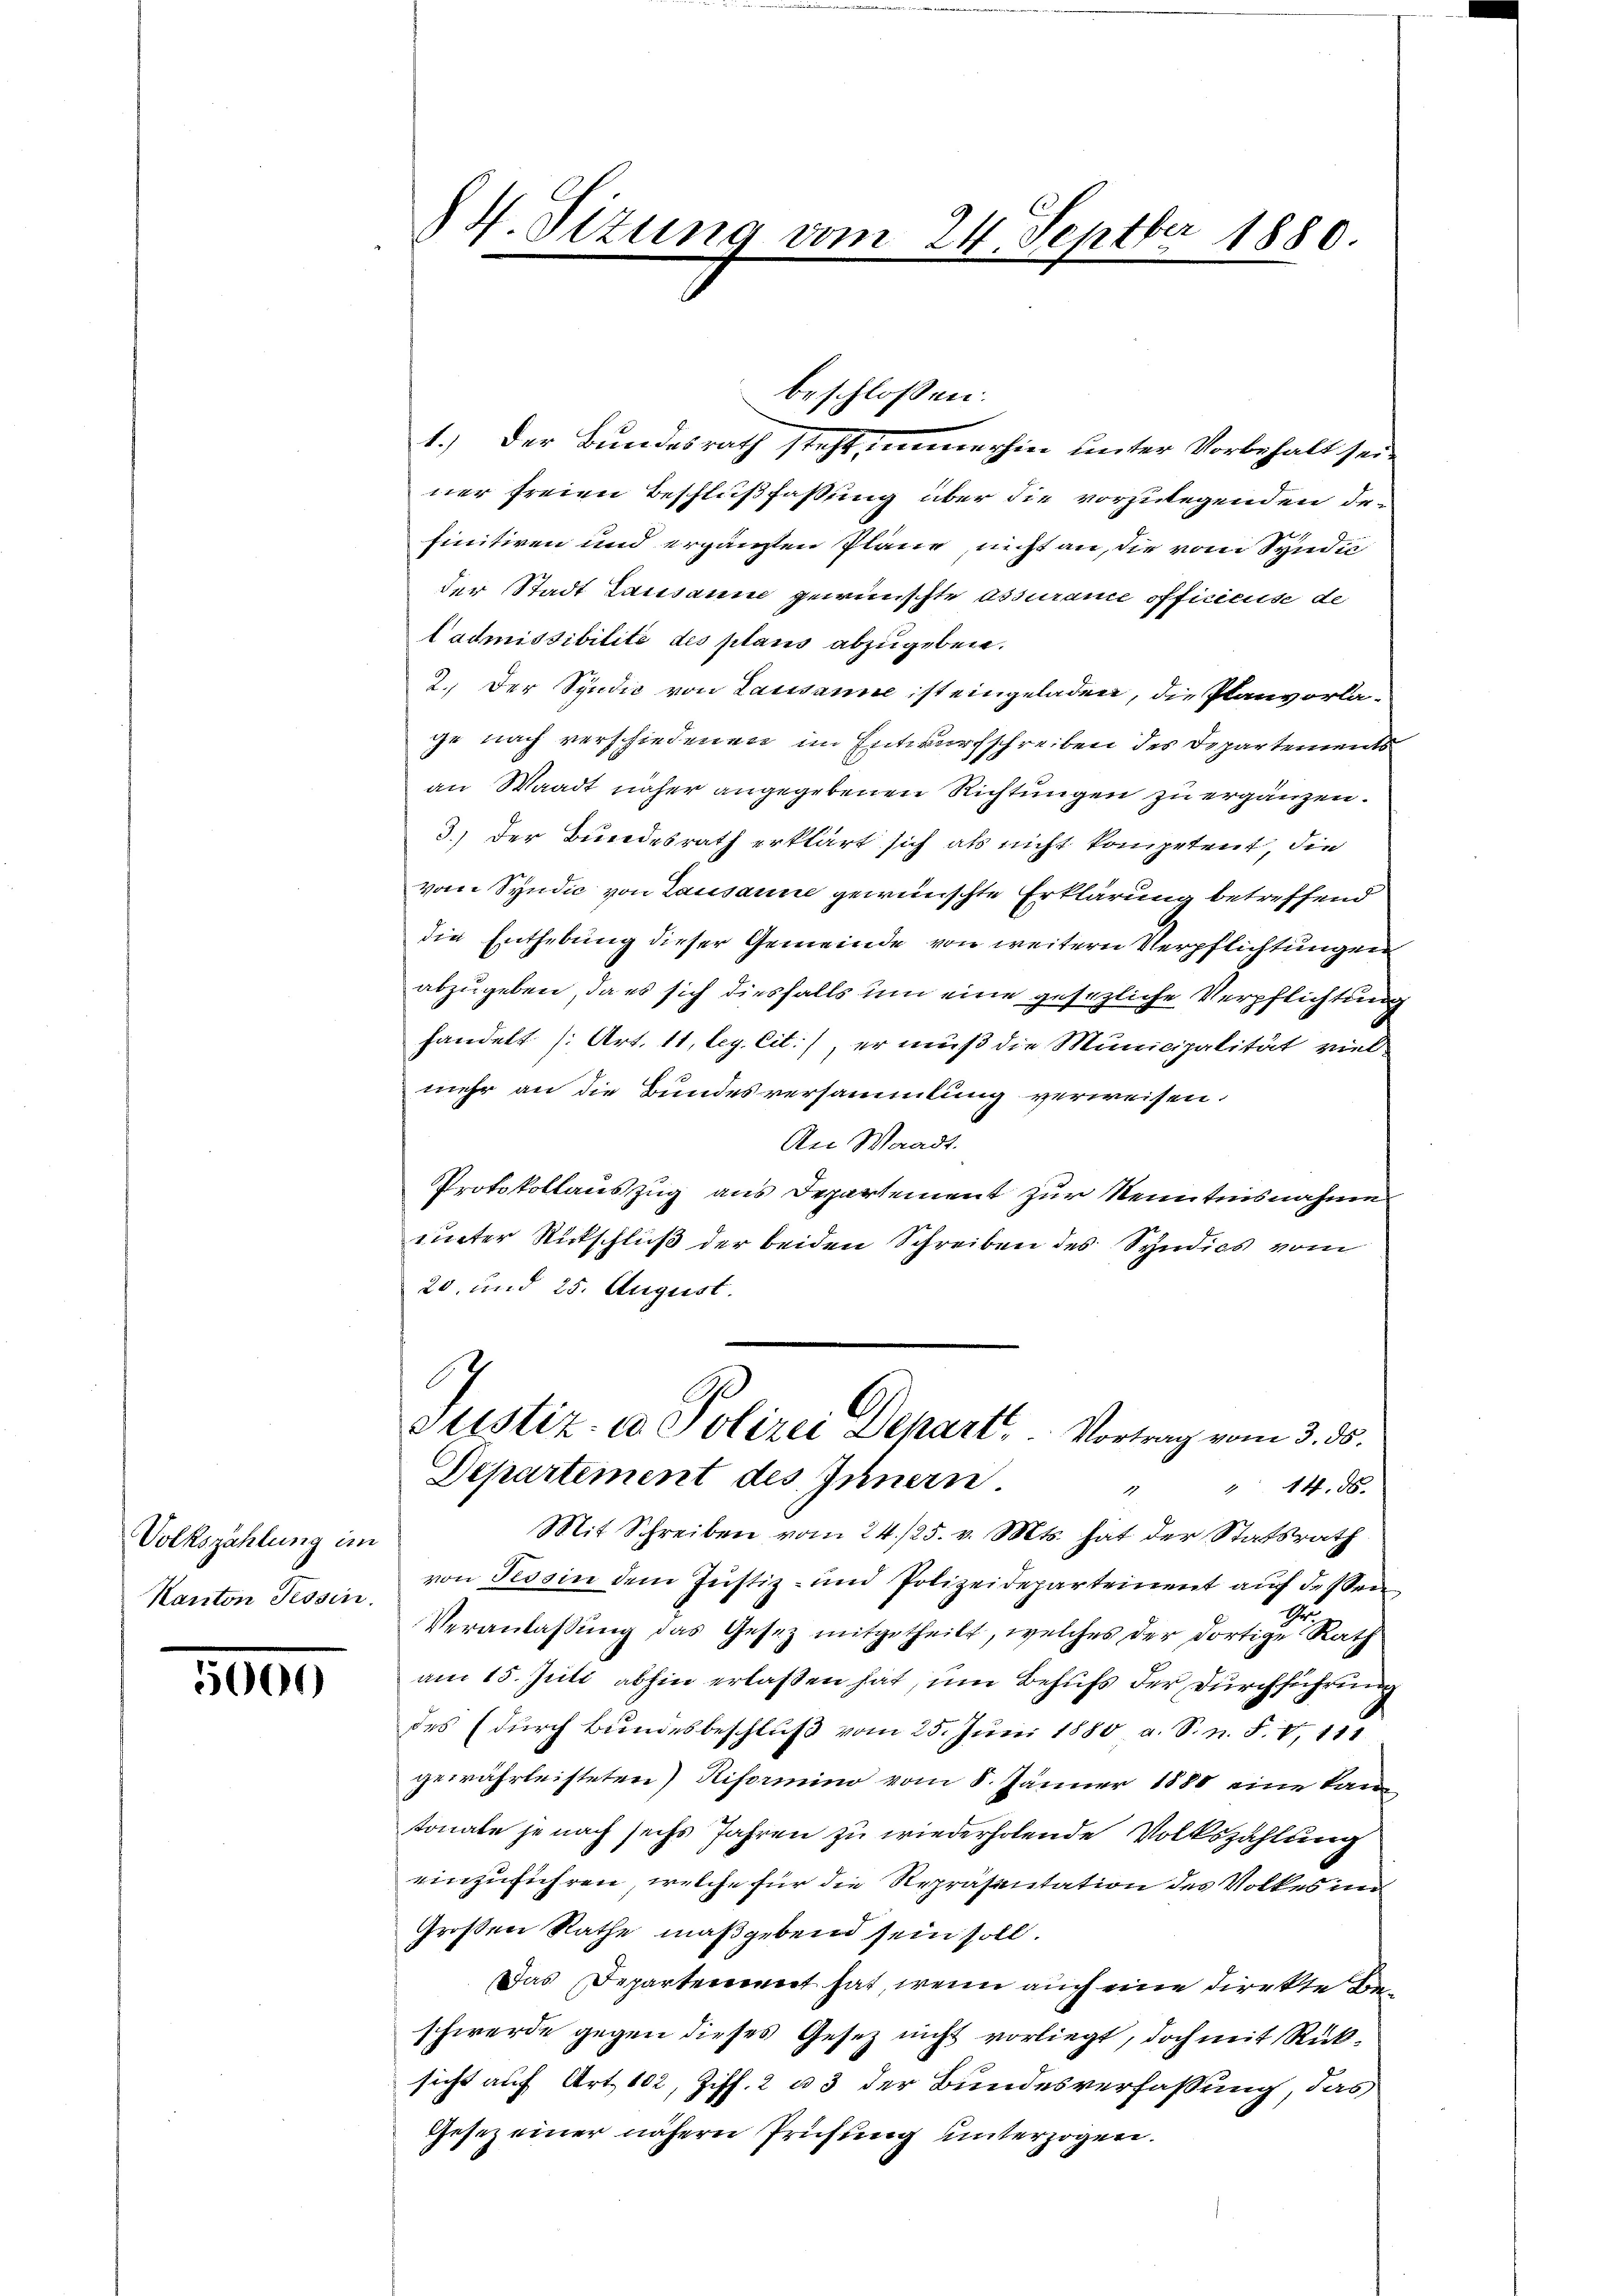
Volkszählung im
Kanton Tessin.

5000

§ H. Sizung vom 24. Septbr 1880
e

1.) Der Bundesrath steht, immerhin unter Vorbehalt seiner freien Beschlußfassung über die vorzulegenden definitiven und ergänzten Pläne nicht an, die vom Syndia
der Stadt Lausanne gewünschte assurame officieuse de
Cadmissibilité des plans abzugeben.
2. Der Syndic von Lausanne ist eingeladen, die Planvorlage nach verschiedenen im Entwurfschreiben des Departements
an Waadt näher angegebenen Richtungen zu ergänzen.
3.) Der Bundesrath erklärt sich als nicht kompetent, die
vom Syndic von Lausanne gewünschte Erklärung betreffend
die Enthebung dieser Gemeinde von weitern Verpflichtungen
abzugeben, da es sich diesfalls um eine gesezliche Verpflichtung
handelt (Art. 11, leg. Cit), er muß die Municipalität viel
mehr an die Bundesversammlung verweisen.
An Waadt.
Protokollauszug aus Departement zur Kenntnisnahme
unter Ritschluß der beiden Schreiben des Syndics vom
20, und 25. August.
6
Justiz- & Polizei Depart, Vortrag vom 3. ds.
Departement des Innern.
 14. 58.
1
Mit Schreiben vom 24./25. v. Mts. hat der Statsrath
von Tessin dem Justiz- und Polizeidepartement aŭf dessen
Veranlassŭng das Gesetz mitgetheilt, welches der dortige Rath
am 15. Juli abhin erlassen hat, um Behufs der Durchführung
des (durch Bundesbeschlŭβ vom 25. Juni 1880 a. S. n. F. V. 111
gewährleisteten) Riformino vom 8. Jänner 1880 eine kann
tonale je nach sechs Jahren zu wiederholende Volkszählung
einzuführen, welche für die Repräsentation des Volkes un
Großen Rathe maßgebend sein soll.
Das Departemonet hat, wenn auch eine Direkte Beschwerde gegen dieses Gesetz nicht vorliegt, doch mit Rücksicht auf Art. 102, Ziff. 2 u 3 der Bundesverfassung, das
Gesez einer nähere Prüfung unterzogen.

beschlossen: